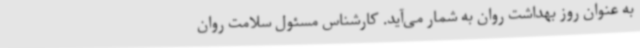
به عنوان روز بهداشت روان به شمار می‌آید. کارشناس مسئول سلامت روان